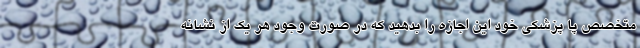
متخصص پا پزشکی خود این اجازه را بدهید که در صورت وجود هر یک از نشانه